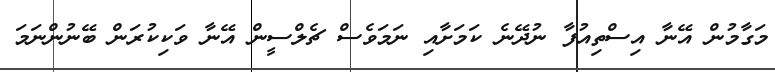
މަގާމުން އޭނާ އިސްތިއުފާ ނުދޭނެ ކަމަށާއި ނަމަވެސް ޗެލްސީން އޭނާ ވަކިކުރަން ބޭނުންނަމަ